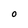
Character: o